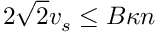
2 \sqrt { 2 } v _ { s } \le B \kappa n